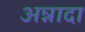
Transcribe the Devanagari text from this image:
अन्नादा